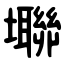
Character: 壣